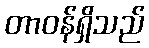
တာဝန်ရှိသည်